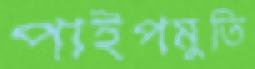
পাইপমুতি